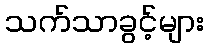
သက်သာခွင့်များ